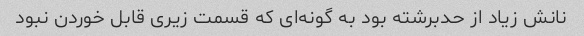
نانش زیاد از حدبرشته بود به گونه‌ای که قسمت زیری قابل خوردن نبود